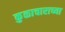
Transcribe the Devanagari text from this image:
कुळाचाराच्या